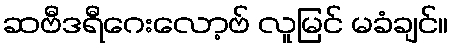
ဆဗီဒရီဂေးလော့ဗ် လူမြင် မခံချင်။